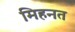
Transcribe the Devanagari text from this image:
मिहनत